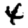
Digit: 4